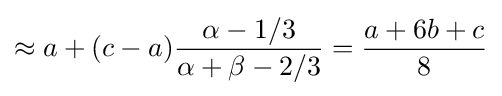
\approx a+(c-a){\frac {\alpha -1/3}{\alpha +\beta -2/3}}={\frac {a+6b+c}{8}}